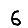
Digit: 6